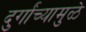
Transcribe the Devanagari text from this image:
दुर्गांच्यामुळे